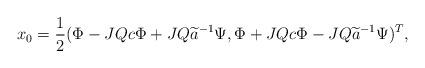
LaTeX: \begin{align*} x_0=\frac{1}{2}(\Phi-JQc\Phi+JQ\widetilde{a}^{-1}\Psi, \Phi+JQc\Phi-JQ\widetilde{a}^{-1}\Psi)^T, \end{align*}